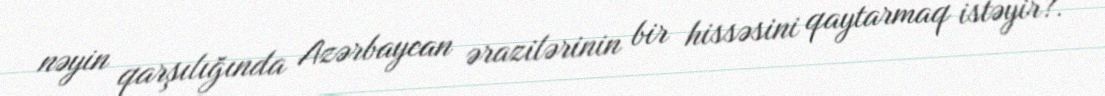
nəyin qarşılığında Azərbaycan ərazilərinin bir hissəsini qaytarmaq istəyir?.